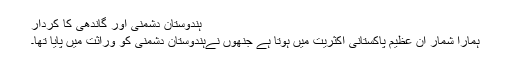
ہندوستان دشمنی اور گاندھی کا کردار
ہمارا شمار ان عظیم پاکستانی اکثریت میں ہوتا ہے جنھوں نےہندوستان دشمنی کو وراثت میں پایا تھا۔